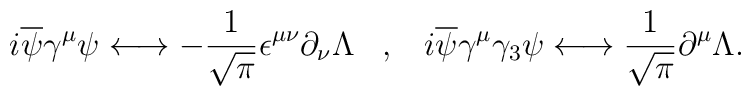
i \overline{\psi}\gamma^{\mu}\psi \longleftrightarrow - \frac {1}{\sqrt{\pi}}\epsilon ^ {\mu \nu}\partial_{\nu}\Lambda \;\;\; , \;\;\; i \overline{\psi}\gamma^{\mu}\gamma_{3}\psi \longleftrightarrow\frac {1}{\sqrt{\pi}}\partial^{\mu}\Lambda.